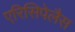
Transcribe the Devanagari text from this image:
एरिसिपेलैस